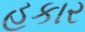
હકાર